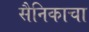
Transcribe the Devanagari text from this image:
सैनिकाचा